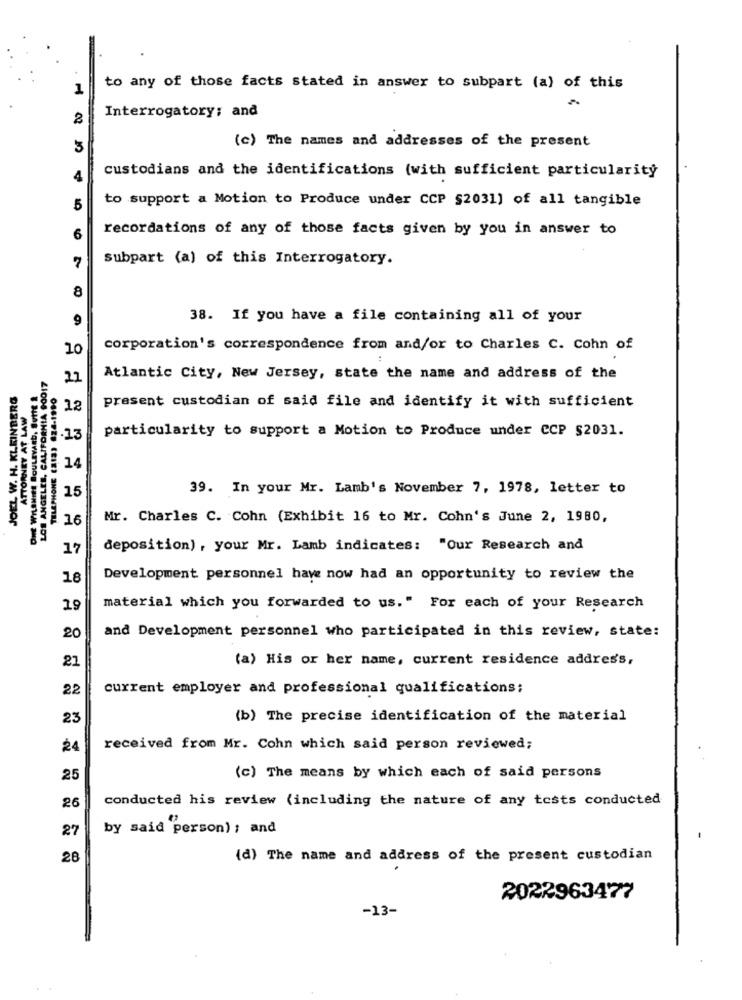
1
to any of those facts stated in answer to subpart (a) of this
Interrogatory; and
(c) The names and addresses of the present
5
4
custodians and the identifications (with sufficient particularity
to support a Motion to Produce under CCP §2031) of all tangible
5
recordations of any of those facts given by you in answer to
6
7
subpart (a) of this Interrogatory.
8
9
38. If you have a file containing all of your
10
corporation's correspondence from and/or to Charles C. Cohn of
ONE WILSHIRE BOULEVARD, SUITE &
ALIFORNIA 90017
TELEPHONE (213) 624.1990
22
Atlantic City, New Jersey, state the name and address of the
JOEL W. H. KLEINBERG
ATTORNEY AT LAW
present custodian of said file and identify it with sufficient
12
ANGELES, CALIFORN
particularity to support a Motion to Produce under CCP $2031.
.13
LOS ANGELES,
14
15
39. In your Mr. Lamb's November 7, 1978, letter to
16
Mr. Charles C. Cohn (Exhibit 16 to Mr. Cohn's June 2, 1980,
17
deposition) , your Mr. Lamb indicates: "Our Research and
18
Development personnel have now had an opportunity to review the
19
material which you forwarded to us." For each of your Research
and Development personnel who participated in this review, state:
20
21
(a) His or her name, current residence address,
22
current employer and professional qualifications;
23
(b) The precise identification of the material
24
received from Mr. Cohn which said person reviewed;
25
(c) The means by which each of said persons
conducted his review (including the nature of any tests conducted
26
27
by said person) ; and
28
(d) The name and address of the present custodian
2022963477
-13-